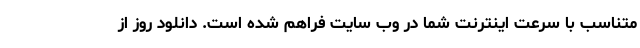
متناسب با سرعت اینترنت شما در وب سایت فراهم شده است. دانلود روز از